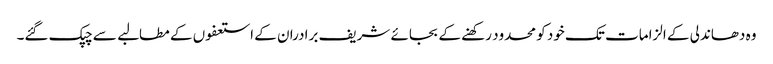
وہ دھاندلی کے الزامات تک خود کو محدود رکھنے کے بجائے شریف برادران کے استعفوں کے مطالبے سے چپک گئے۔